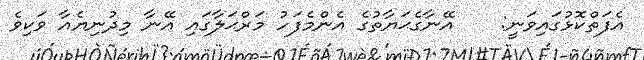
އެފަތްކޮޅުގައިވަނީ:    އޭނާގެޙަޔާތުގެ އެންމެފަހު މަރްޙަލާގައި އޭނާ މިދުނިޔެއާ ވަކިވެ